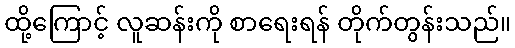
ထို့ကြောင့် လူဆန်းကို စာရေးရန် တိုက်တွန်းသည်။